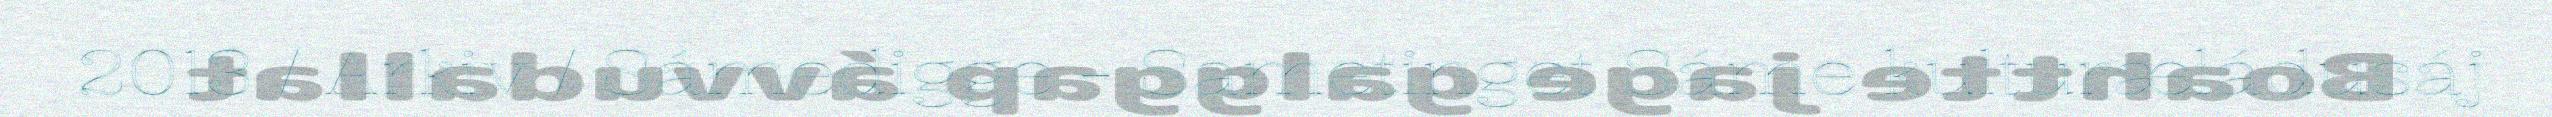
2013 / Arkiv / Sámedigge - Sametinget Sáme kulturæládusáj